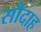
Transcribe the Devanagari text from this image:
सौदाह